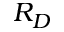
R _ { D }